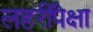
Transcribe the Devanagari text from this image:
लहरींपेक्षा